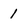
Character: 1